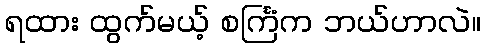
ရထား ထွက်မယ့် စင်္ကြံက ဘယ်ဟာလဲ။